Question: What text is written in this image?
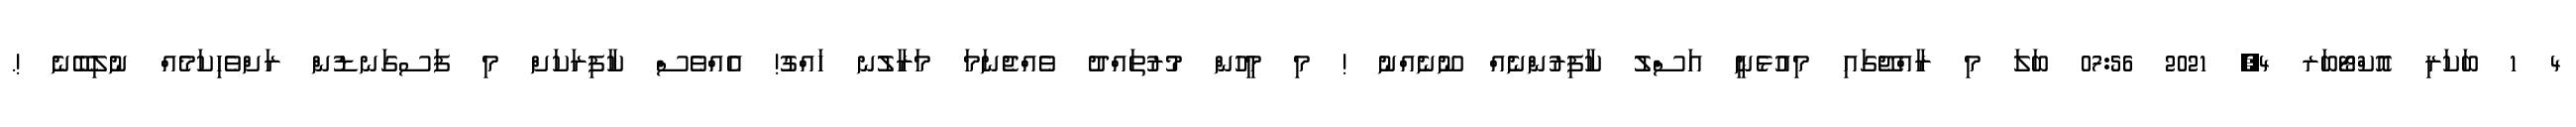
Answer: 4 1 ބަކަރި އޮކްޓޯބަރ 4, 2021 07:56 ބަލަ މި ރާއްޖޭގައި މިއުޅެނީ އަސްލު ކާފިރުންނެއް ނޫނެއްނު ! މި މީހުން މުރުތައްދު ވެއްޖެނަމަ މަރާލުނ ހައްގު! އެއްވެސް ކާފިރަކަށް މި ފަސގަނޑުން ރަށްވެހިކަމެއް ނުލިބޭނެ !.